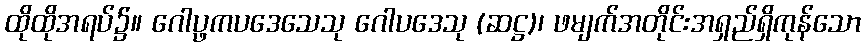
ထိုထိုအရပ်၌။ ဂေါပ္ဖကပဒေသေသု ဂေါပဒေသု (ဆဋ္ဌ)၊ ဖမျက်အတိုင်းအရှည်ရှိကုန်သော